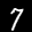
Label: 7